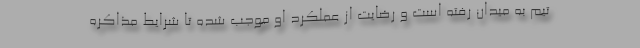
تیم به میدان رفته است و رضایت از عملکرد او موجب شده تا شرایط مذاکره